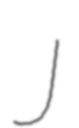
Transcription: J